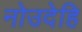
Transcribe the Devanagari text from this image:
नोउदेहि